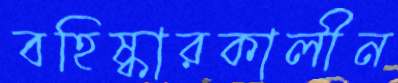
বহিষ্কারকালীন